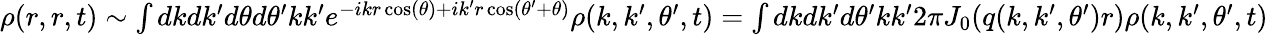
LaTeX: \begin{array}{r}{\rho(r,r,t)\sim\int dkdk^{\prime}d\theta d\theta^{\prime}kk^{\prime}e^{-ikr\cos(\theta)+ik^{\prime}r\cos(\theta^{\prime}+\theta)}\rho(k,k^{\prime},\theta^{\prime},t)=\int dkdk^{\prime}d\theta^{\prime}kk^{\prime}2\pi J_{0}(q(k,k^{\prime},\theta^{\prime})r)\rho(k,k^{\prime},\theta^{\prime},t)}\end{array}